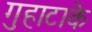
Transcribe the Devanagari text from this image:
गुहाटाके